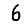
Digit: 6